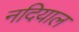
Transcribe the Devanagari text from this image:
नदियाल